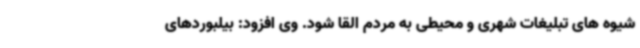
شیوه های تبلیغات شهری و محیطی به مردم القا شود. وی افزود: بیلبوردهای